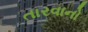
તારવાનો